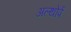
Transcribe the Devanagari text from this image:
अल्थोर्प